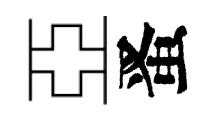
亞󱉠